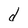
Character: d